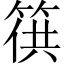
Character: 𥯏